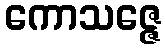
ကောသဇ္ဇေ